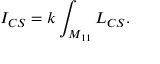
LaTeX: I _ { C S } = k \int _ { M _ { 1 1 } } { \cal L } _ { C S } .